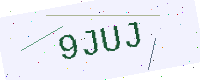
Text: 9JUJ